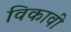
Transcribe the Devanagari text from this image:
विकावी